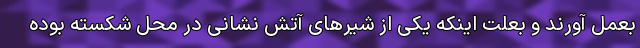
بعمل آورند و بعلت اینکه یکی از شیرهای آتش نشانی در محل شکسته بوده